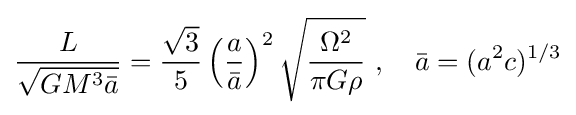
{\frac {L}{\sqrt {GM^{3}{\bar {a}}}}}={\frac {\sqrt {3}}{5}}\left({\frac {a}{\bar {a}}}\right)^{2}{\sqrt {\frac {\Omega ^{2}}{\pi G\rho }}}\ ,\quad {\bar {a}}=(a^{2}c)^{1/3}